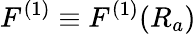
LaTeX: F^{(1)}\equiv F^{(1)}(R_{a})